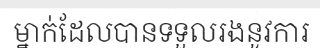
ម្នាក់ដែលបានទទួលរងនូវការ